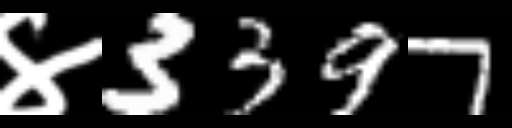
Text: ४3397